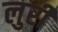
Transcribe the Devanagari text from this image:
लुरी